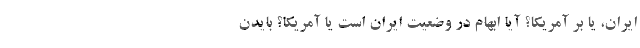
ایران، یا بر آمریکا؟ آیا ابهام در وضعیت ایران است یا آمریکا؟ بایدن